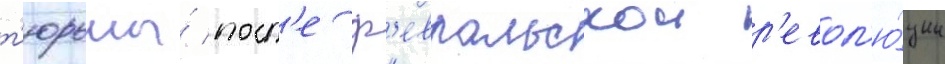
т'юрьмы́ посл'е ф'евральскои р'евол'ю́ции